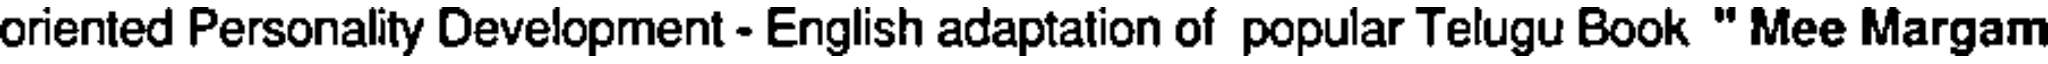
oriented Personality Development - English adaptation of popular Telugu Book " Mee Margam